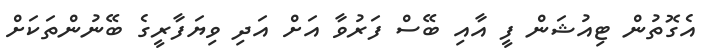
އެގޮތުން ޓިއުޝަން ފީ އާއި ބޭސް ފަރުވާ އަށް އަދި ވިޔަފާރީގެ ބޭނުންތަކަށް